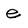
Character: e